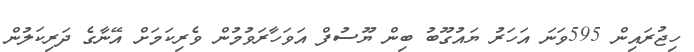
ހިޖުރައިން 595ވަނަ އަހަރު ޔައުގޫބު ބިން ޔޫސުފް އަވަހާރަވުމުން ވެރިކަމަށް އޭނާގެ ދަރިކަލުން